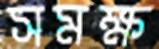
সমক্ষ